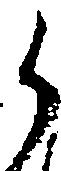
可